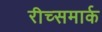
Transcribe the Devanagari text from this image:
रीच्समार्क